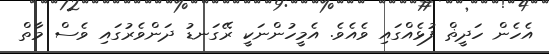
އެހެން ހަދީޡް ފުޅެއްގައި ވެއެވެ. އެމީހުންނަކީ ރޭގަނޑު ދަންވެރުގައި ވެސް މާތް